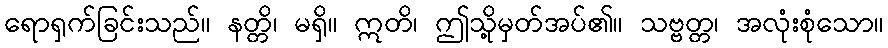
ရောရှက်ခြင်းသည်။ နတ္တိ၊ မရှိ။ ဣတိ၊ ဤသို့မှတ်အပ်၏။ သဗ္ဗတ္တ၊ အလုံးစုံသော။